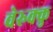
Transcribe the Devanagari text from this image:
वेरुक्कु